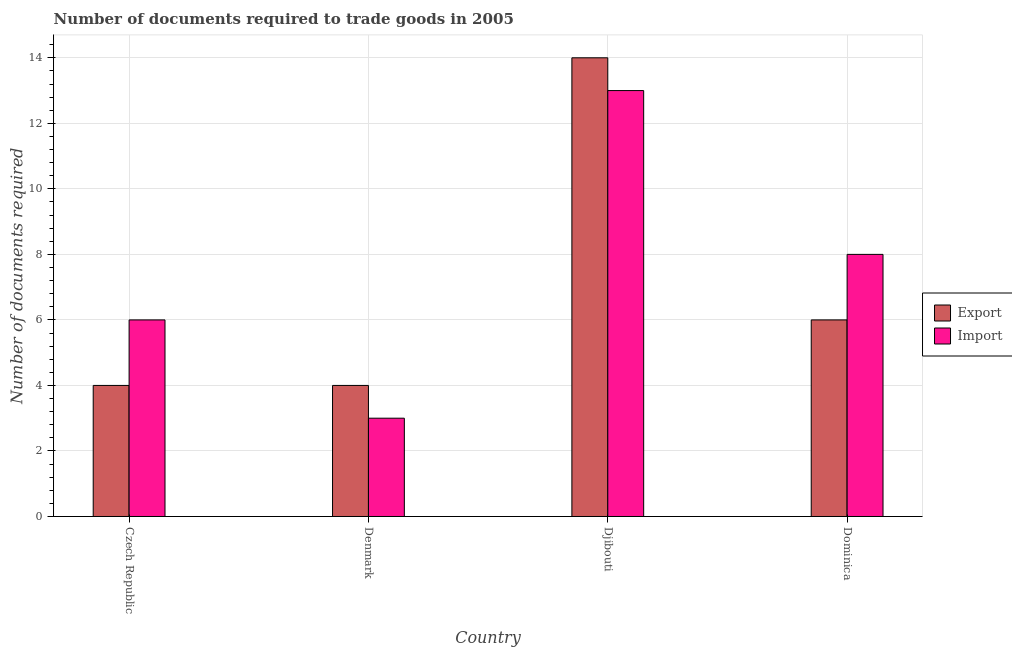
| Country | Export | Import |
 | --- | --- | --- |
 | Czech Republic | 4 | 6 |
 | Denmark | 4 | 3 |
 | Djibouti | 14 | 13 |
 | Dominica | 6 | 8 |